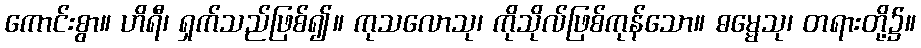
ကောင်းစွာ။ ဟိရီ၊ ရှက်သည်ဖြစ်၍။ ကုသလောသု၊ ကိုသိုလ်ဖြစ်ကုန်သော။ ဓမ္မေသု၊ တရားတို့၌။